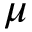
\mu